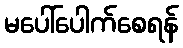
မပေါ်ပေါက်စေရန်